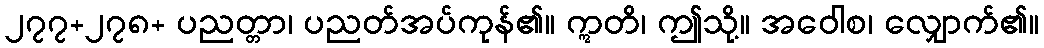
၂၇၇+၂၇၈+ ပညတ္တာ၊ ပညတ်အပ်ကုန်၏။ ဣတိ၊ ဤသို့။ အဝေါစ၊ လျှောက်၏။